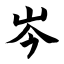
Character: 岑